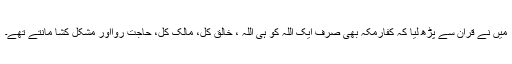
میں نے قرآن سے پڑھ لیا کہ کُفّارِمکہ بھی صرف ایک اللہ کو ہی اللہ ، خالقِ کُل، مالکِ کُل، حاجت رَوااور مشکل کُشا مانتے تھے۔